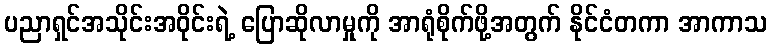
ပညာရှင်အသိုင်းအဝိုင်းရဲ့ ပြောဆိုလာမှုကို အာရုံစိုက်ဖို့အတွက် နိုင်ငံတကာ အာကာသ